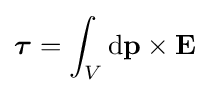
{\boldsymbol {\tau }}=\int _{V}\mathrm {d} \mathbf {p} \times \mathbf {E}